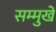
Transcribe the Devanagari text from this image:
सम्मुखे